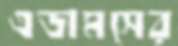
এডামসের